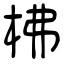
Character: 柫